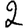
Digit: 2